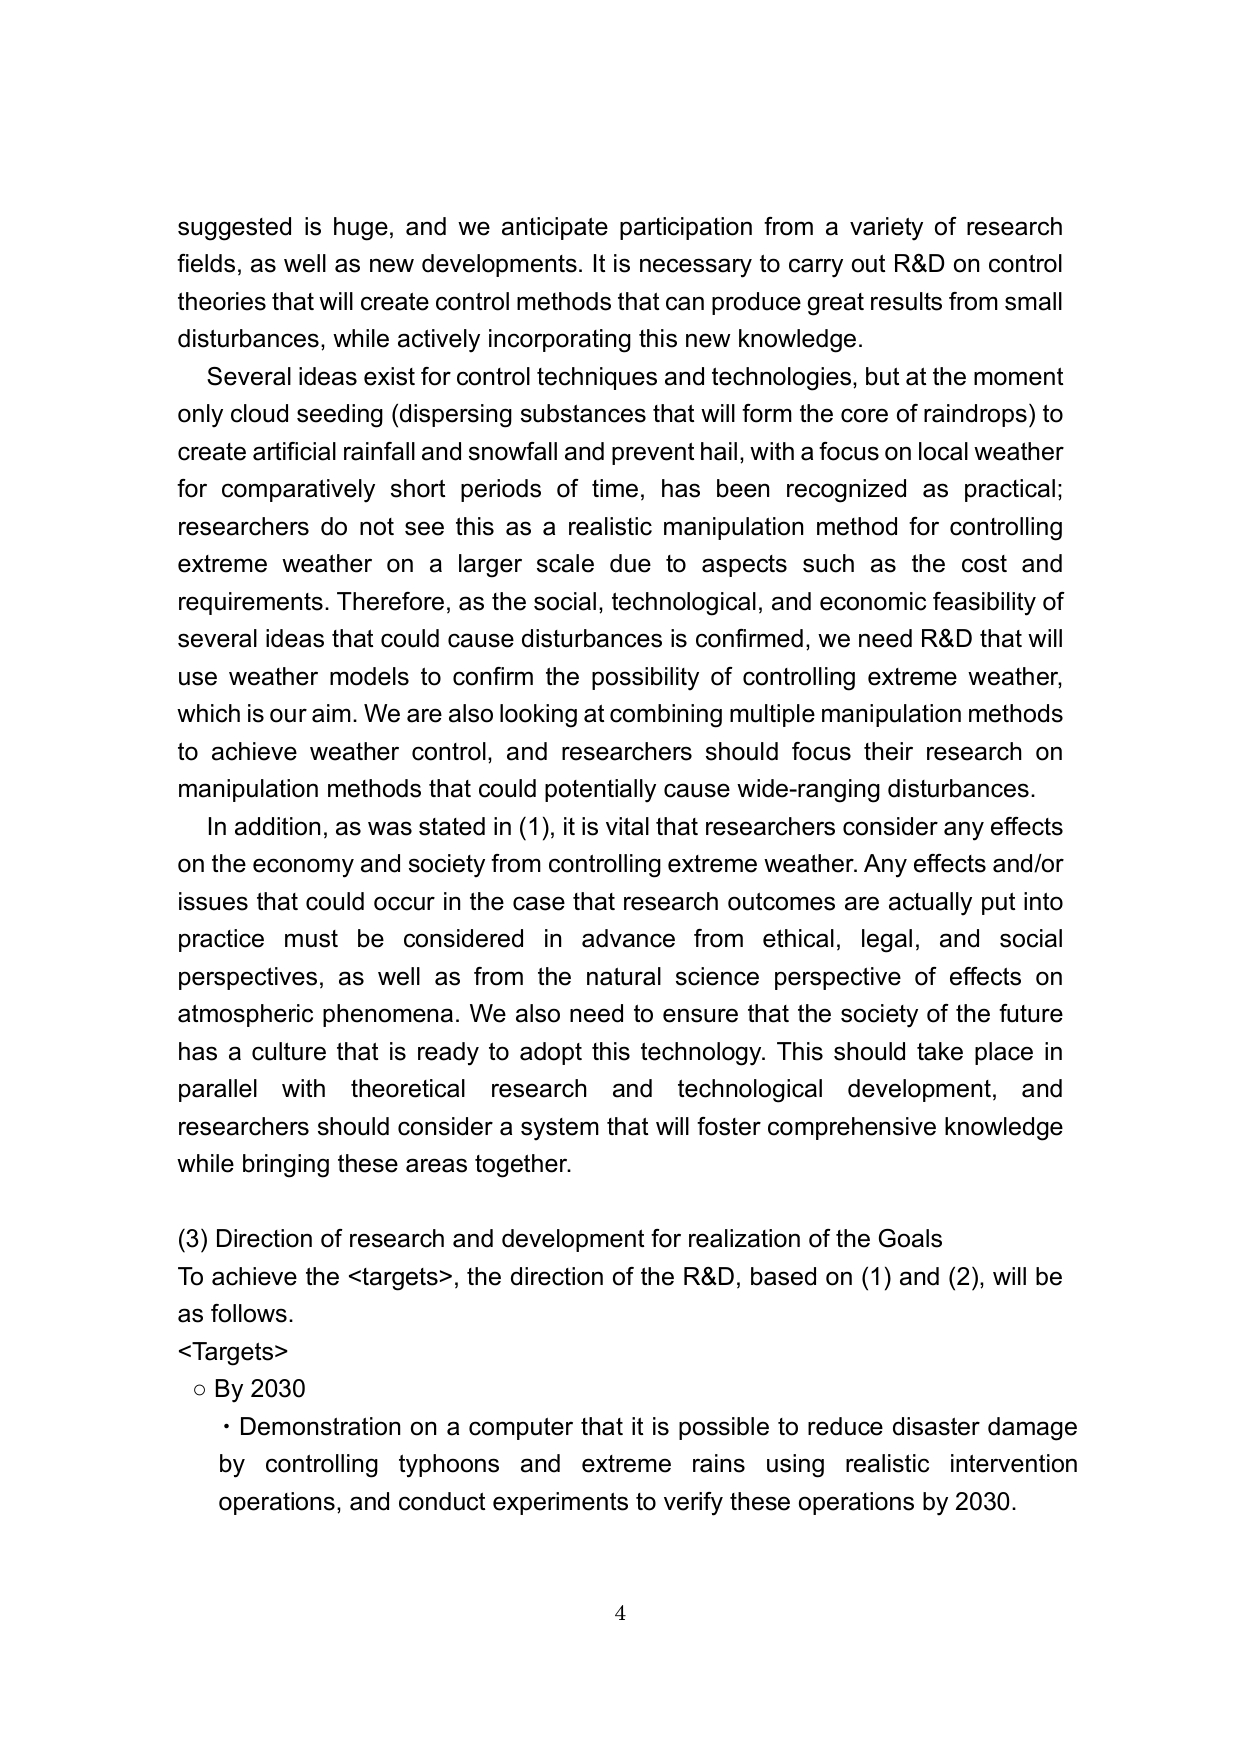
suggested is huge, and we anticipate participation from a variety of research fields, as well as new developments. It is necessary to carry out R&D on control theories that will create control methods that can produce great results from small disturbances, while actively incorporating this new knowledge.

Several ideas exist for control techniques and technologies, but at the moment only cloud seeding (dispersing substances that will form the core of raindrops) to create artificial rainfall and snowfall and prevent hail, with a focus on local weather for comparatively short periods of time, has been recognized as practical; researchers do not see this as a realistic manipulation method for controlling extreme weather on a larger scale due to aspects such as the cost and requirements. Therefore, as the social, technological, and economic feasibility of several ideas that could cause disturbances is confirmed, we need R&D that will use weather models to confirm the possibility of controlling extreme weather, which is our aim. We are also looking at combining multiple manipulation methods to achieve weather control, and researchers should focus their research on manipulation methods that could potentially cause wide-ranging disturbances.

In addition, as was stated in (1), it is vital that researchers consider any effects on the economy and society from controlling extreme weather. Any effects and/or issues that could occur in the case that research outcomes are actually put into practice must be considered in advance from ethical, legal, and social perspectives, as well as from the natural science perspective of effects on atmospheric phenomena. We also need to ensure that the society of the future has a culture that is ready to adopt this technology. This should take place in parallel with theoretical research and technological development, and researchers should consider a system that will foster comprehensive knowledge while bringing these areas together.

(3) Direction of research and development for realization of the Goals
To achieve the <targets>, the direction of the R&D, based on (1) and (2), will be as follows.
<Targets>
○ By 2030
• Demonstration on a computer that it is possible to reduce disaster damage by controlling typhoons and extreme rains using realistic intervention operations, and conduct experiments to verify these operations by 2030.

4